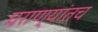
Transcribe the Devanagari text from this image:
घराण्यांतच